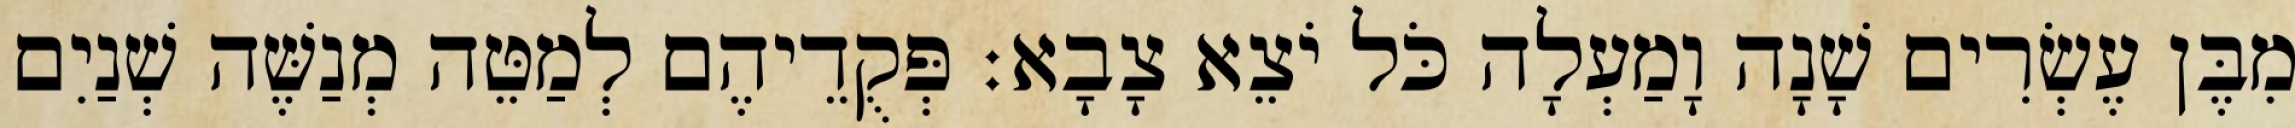
מִבֶּן עֶשְׂרִים שָׁנָה וָמַעְלָה כֹּל יֹצֵא צָבָא׃ פְּקֻדֵיהֶם לְמַטֵּה מְנַשֶּׁה שְׁנַיִם